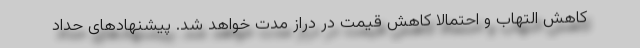
کاهش التهاب و احتمالا کاهش قیمت در دراز مدت خواهد شد. پیشنهادهای حداد